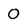
Character: 0